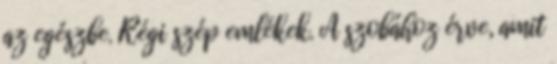
az egészbe. Régi szép emlékek. A szobához érve, amit